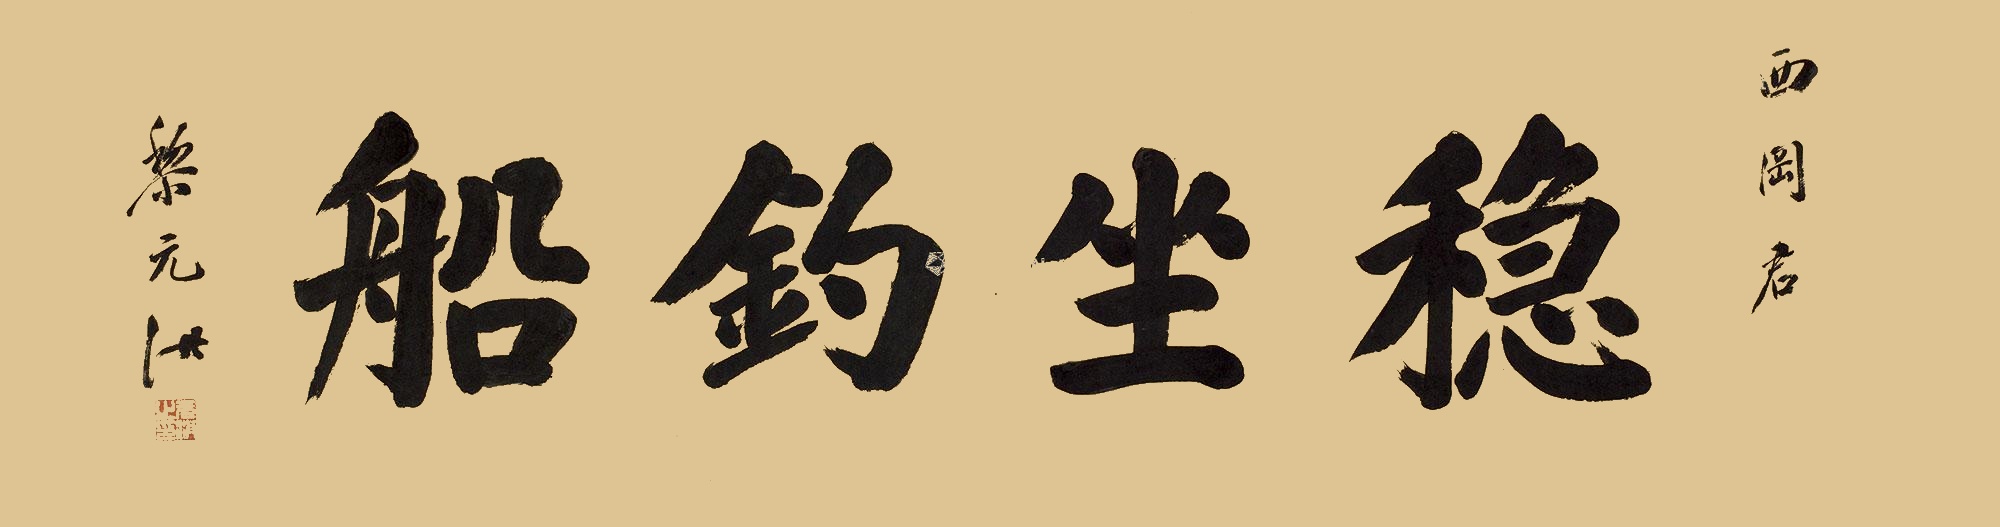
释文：稳坐钓船。西岗君，黎元洪。